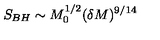
S _ { B H } \sim M _ { 0 } ^ { 1 / 2 } ( \delta M ) ^ { 9 / 1 4 }